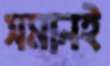
সমানই